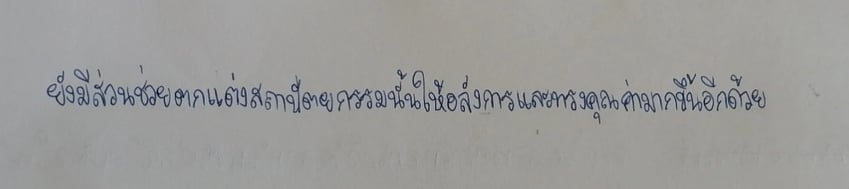
ยังมีส่วนช่วยตกแต่งสถาปัตยกรรมนั้นให้อลังการและทรงคุณค่ามากขึ้นอีกด้วย